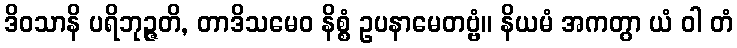
ဒိဝသာနိ ပရိဘုဉ္ဇတိ, တာဒိသမေဝ နိစ္စံ ဥပနာမေတဗ္ဗံ။ နိယမံ အကတွာ ယံ ဝါ တံ